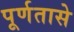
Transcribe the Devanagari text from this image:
पूर्णतासे